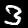
Label: 3